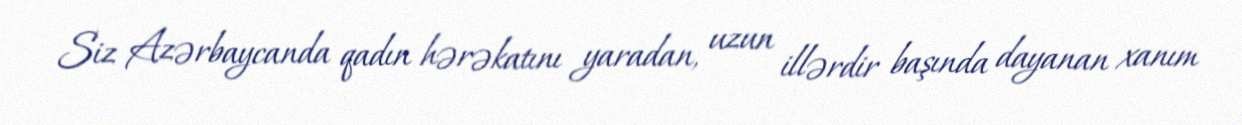
Siz Azərbaycanda qadın hərəkatını yaradan, uzun illərdir başında dayanan xanım